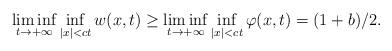
LaTeX: \begin{align*} \liminf\limits_{t\rightarrow+\infty}\inf\limits_{|x|<ct}w(x,t)\geq\liminf\limits_{t\rightarrow+\infty}\inf\limits_{|x|<ct}\varphi(x,t)=(1+b)/2.\end{align*}